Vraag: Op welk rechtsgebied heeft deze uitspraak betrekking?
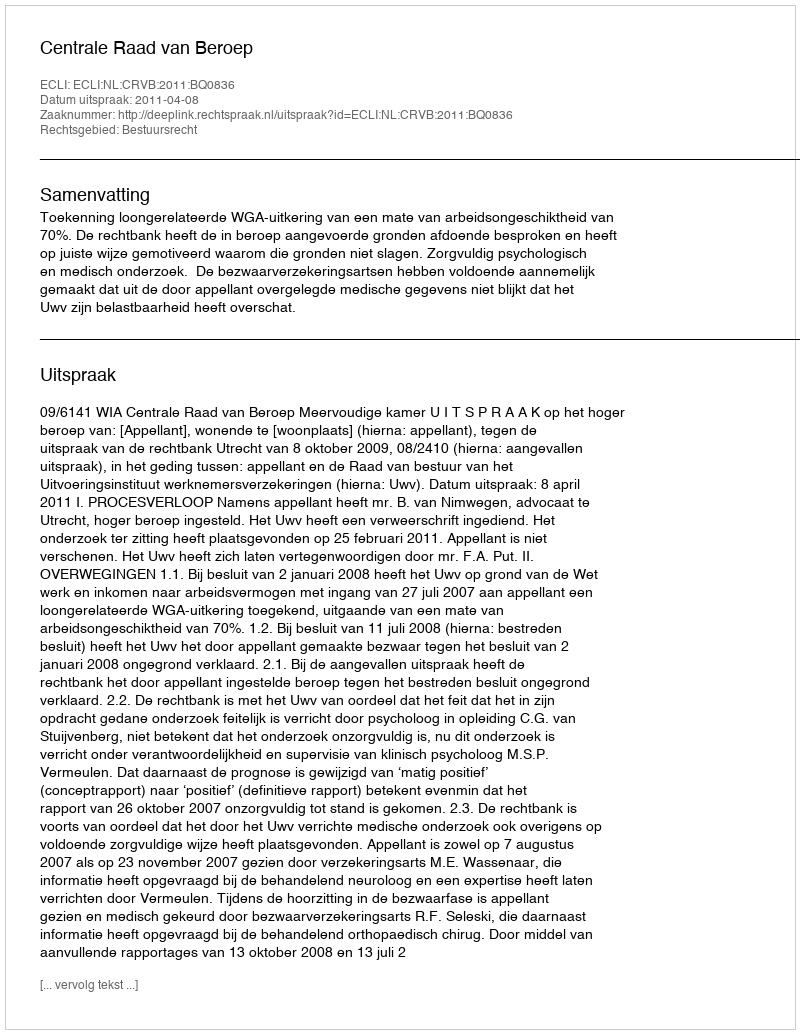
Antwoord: Bestuursrecht